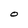
Character: O